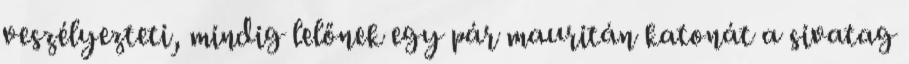
veszélyezteti, mindig lelőnek egy pár mauritán katonát a sivatag